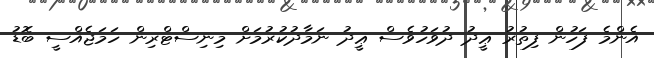
އެންމެ ފަހުން ފިތުރު ޢީދު ދުވަހުވެސް ޢީދު ނަމާދުކުރުމަށް މިނިސްޓްރިން ހަމަޖެއްސީ ބޮޑު